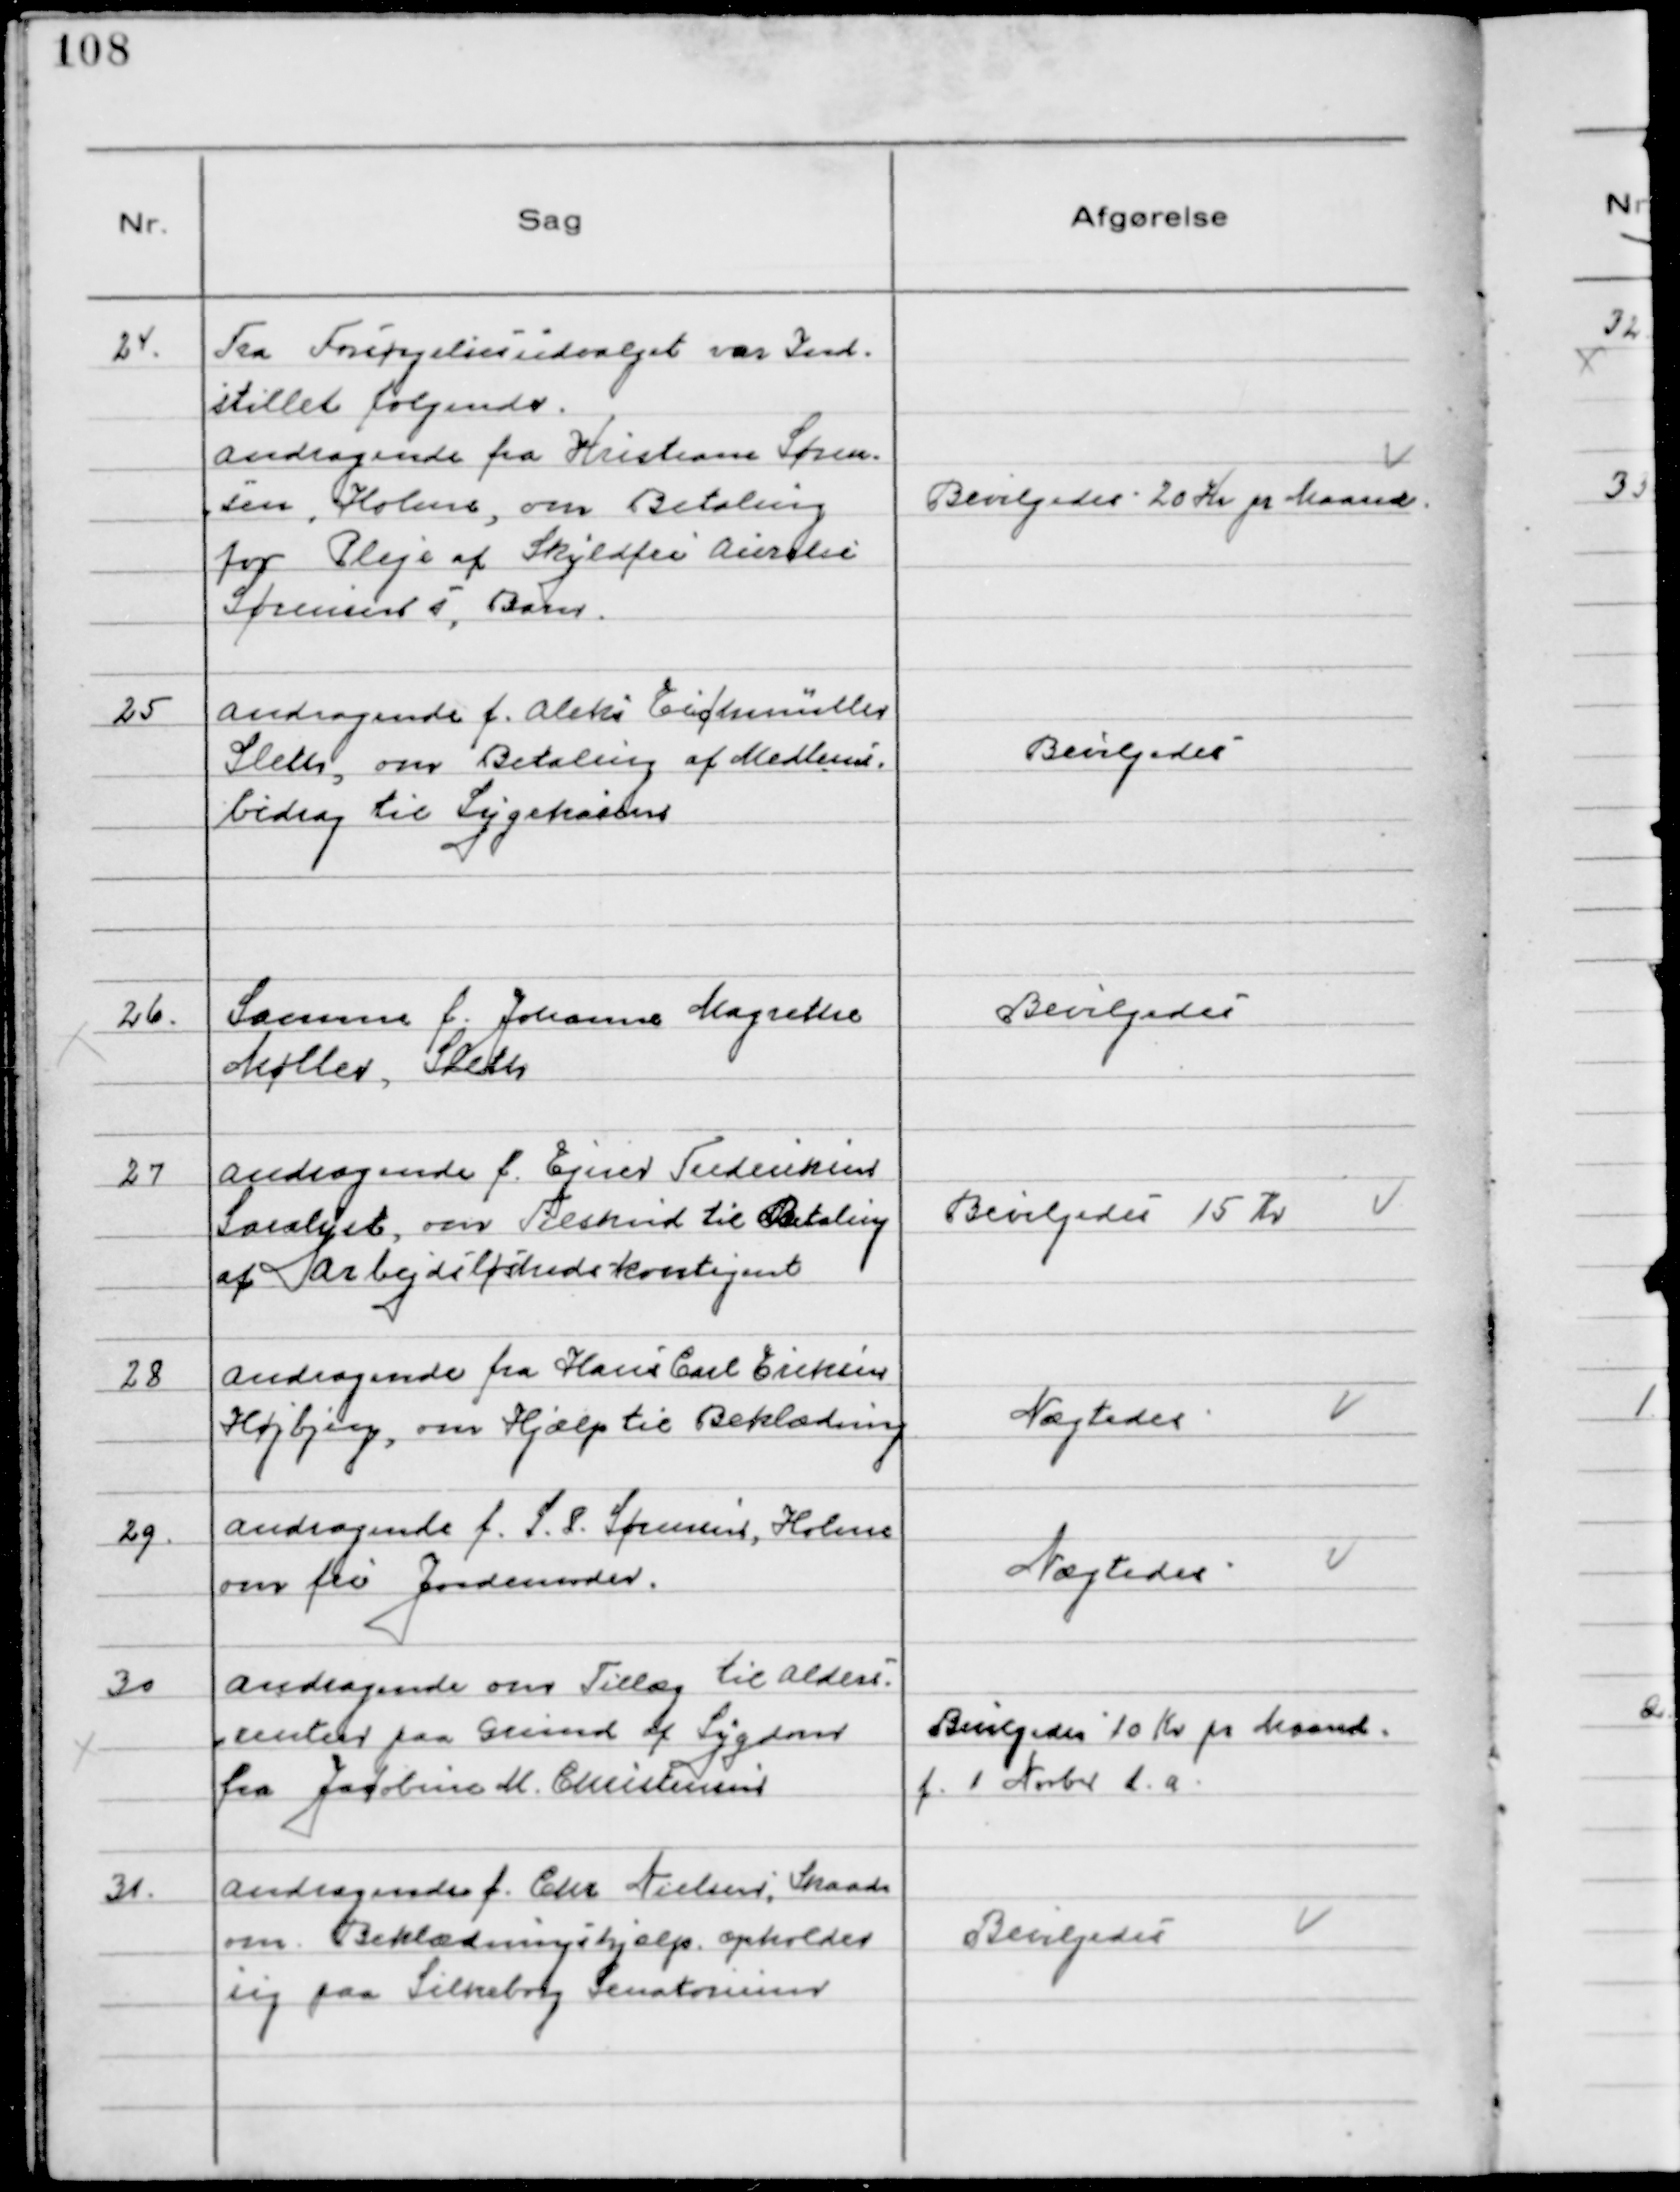
Transskription:
24. 
Fra Forsørgelsesudvalget var Ind-
stillet følgende.
Andragende fra Kristiane Søren-
sen, Holme, om Betaling
for Pleje af Skyldfri Aurelse
Sørensen s, Barn.

Bevilgedes 20 Kr pr Maaned.

25
Andragende f. Aleks Eichmüller
Sleth, om Betaling af Medlems-
bidrag til Sygekassen

Bevilgedes

26.
Samme f. Johanne Magrethe
Møller, Sleth

Bevilgedes

27
Andragende f. Ejner Frederiksen
Saralyst, om Tilskud til Betaling
af Arbejdsløshedskontigent

Bevilgedes 15 Kr

28
Andragende fra Hans Carl Eriksen
Højbjerg, om Hjælp til Beklædning

Nægtedes

29.
Andragende f. S. P. Sørensen, Holme
om fri Jordemoder.

Nægtedes

30
Andragende om Tillæg til Alders-
renten paa Grund af Sygdom
fra Jacobine M. Christensen

Bevilgedes 10 Kr pr Maaned
f. 1 Novbr d. a.

31.
Andragende f. Chr Nielsen, Skaade
om Beklædningshjælp. opholder
sig paa Silkeborg Sanatorium

Bevilgedes